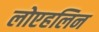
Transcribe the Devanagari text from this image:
लोएहलिन